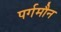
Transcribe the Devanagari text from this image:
पर्गमौन